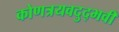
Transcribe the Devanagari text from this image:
कोणत्रयवदुद्भवी